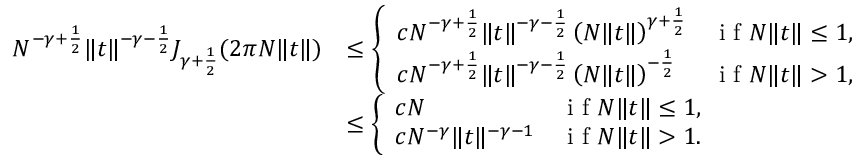
\begin{array} { r l } { N ^ { - \gamma + \frac { 1 } { 2 } } \| t \| ^ { - \gamma - \frac { 1 } { 2 } } J _ { \gamma + \frac { 1 } { 2 } } ( 2 \pi N \| t \| ) } & { \leq \left\{ \begin{array} { l l } { c N ^ { - \gamma + \frac { 1 } { 2 } } \| t \| ^ { - \gamma - \frac { 1 } { 2 } } \left( N \| t \| \right) ^ { \gamma + \frac { 1 } { 2 } } } & { \textrm { i f } N \| t \| \leq 1 , } \\ { c N ^ { - \gamma + \frac { 1 } { 2 } } \| t \| ^ { - \gamma - \frac { 1 } { 2 } } \left( N \| t \| \right) ^ { - \frac { 1 } { 2 } } } & { \textrm { i f } N \| t \| > 1 , } \end{array} \right. } \\ & { \leq \left\{ \begin{array} { l l } { c N } & { \textrm { i f } N \| t \| \leq 1 , } \\ { c N ^ { - \gamma } \| t \| ^ { - \gamma - 1 } } & { \textrm { i f } N \| t \| > 1 . } \end{array} \right. } \end{array}